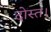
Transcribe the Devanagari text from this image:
दोस्त।